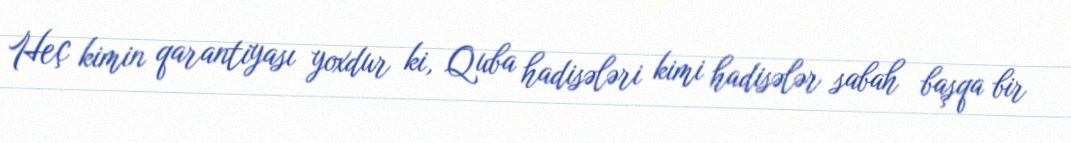
Heç kimin qarantiyası yoxdur ki, Quba hadisələri kimi hadisələr sabah başqa bir